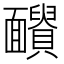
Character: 𩉓